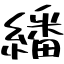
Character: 繙